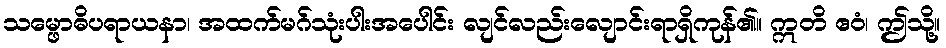
သမ္ဖောဓိပရာယနာ၊ အထက်မဂ်သုံးပါးအပေါင်း လျင်လည်းလျောင်းရာရှိကုန်၏။ ဣတိ ဧဝံ၊ ဤသို့။